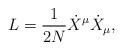
LaTeX: \begin{align*}L = \frac{1}{2N} {\dot X}^\mu {\dot X}_\mu, \end{align*}